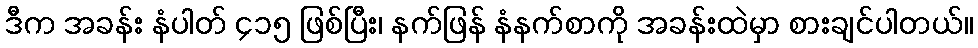
ဒီက အခန်း နံပါတ် ၄၁၅ ဖြစ်ပြီး၊ နက်ဖြန် နံနက်စာကို အခန်းထဲမှာ စားချင်ပါတယ်။